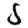
Digit: 5